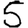
Digit: 5